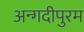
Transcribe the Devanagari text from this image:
अन्गदीपुरम